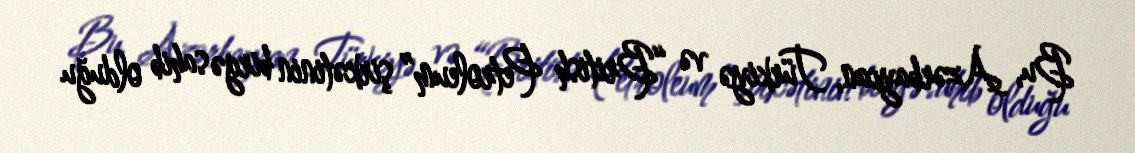
Bu, Azərbaycan, Türkiyə və “British Petroleum” şirkətinin birgə sahib olduğu